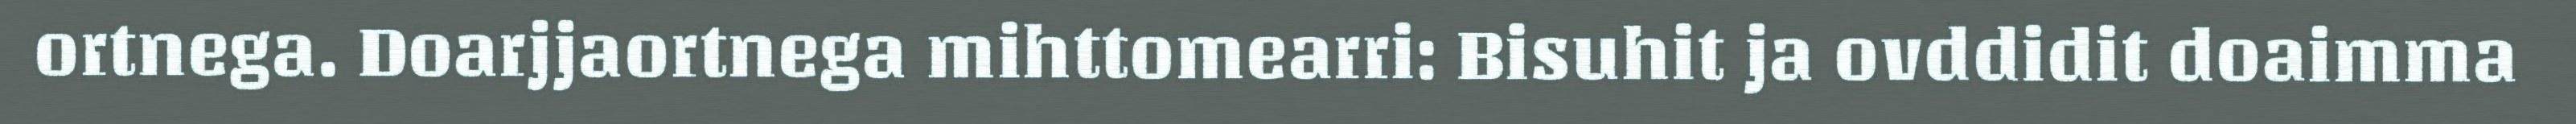
ortnega. Doarjjaortnega mihttomearri: Bisuhit ja ovddidit doaimma